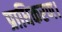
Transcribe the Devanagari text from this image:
प्राधिकरण।